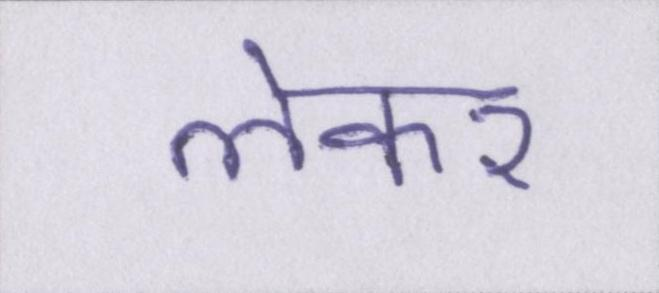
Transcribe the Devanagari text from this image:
लेकर